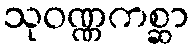
သုဝဏ္ဏကစ္ဆာ